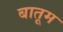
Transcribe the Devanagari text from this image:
बातूम